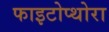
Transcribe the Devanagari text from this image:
फाइटोप्थोरा